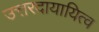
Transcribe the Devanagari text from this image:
उत्तरदायायित्व